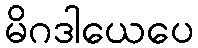
မိဂဒါယေပေ